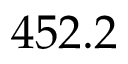
4 5 2 . 2